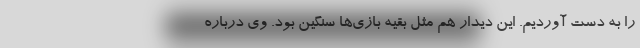
را به دست آوردیم. این دیدار هم مثل بقیه بازی‌ها سنگین بود. وی درباره